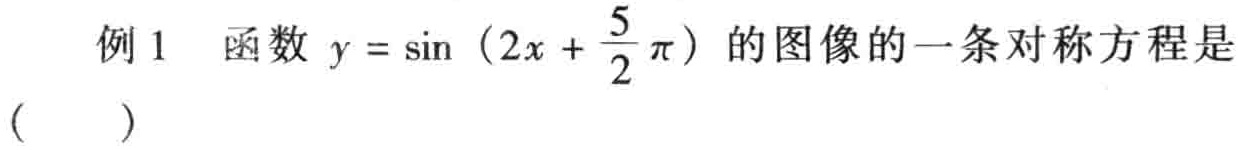
例1 函数\(y = \sin(2x + \frac{5}{2}\pi)\)的图像的一条对称方程是（  ）